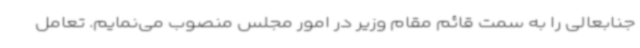
جنابعالی را به سمت قائم مقام وزیر در امور مجلس منصوب می‌نمایم. تعامل